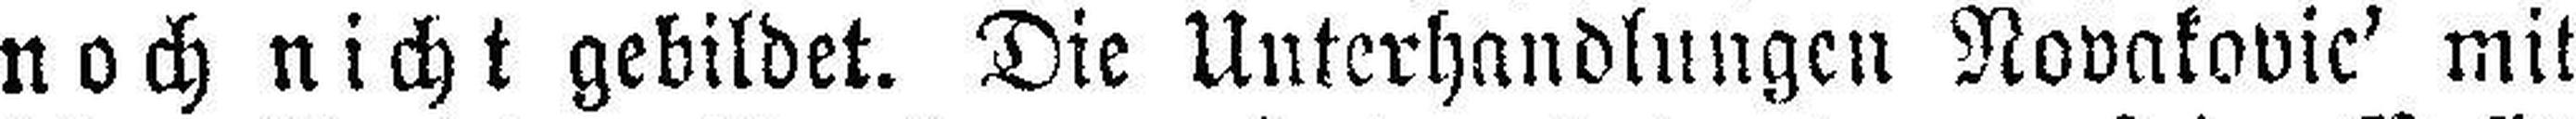
noch nicht gebildet. Die Unterhandlungen Novakovic' mit